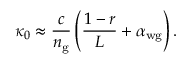
\kappa _ { 0 } \approx \frac { c } { n _ { \mathrm { g } } } \left( \frac { 1 - r } { L } + \alpha _ { \mathrm { w g } } \right) .